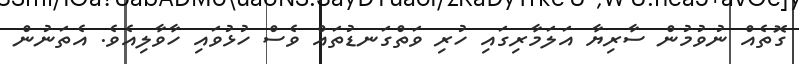
ގޮތެއް ނުވުމުން ސާރިޔާ އަލަމާރިގައި ހުރި ވަތްގަނޑުތައް ވެސް ހުޅުވައި ހާވާލިއެވެ. އެތަނުން